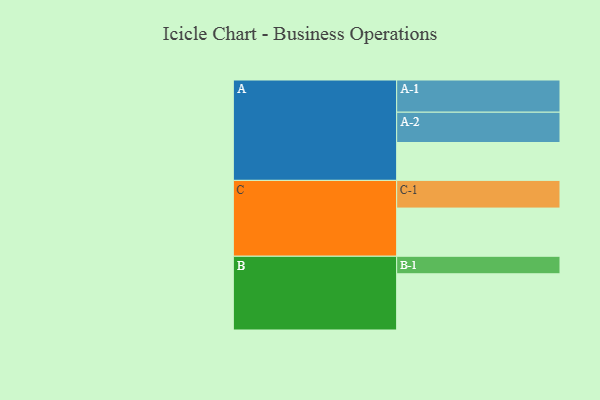
{"axis": {"x": "Segment", "y": "Value"}, "legend": ["", "A", "B", "C"], "data": [{"x": "A", "y": 320, "type": ""}, {"x": "B", "y": 475, "type": ""}, {"x": "C", "y": 407, "type": ""}, {"x": "A-1", "y": 272, "type": "A"}, {"x": "A-2", "y": 256, "type": "A"}, {"x": "B-1", "y": 148, "type": "B"}, {"x": "C-1", "y": 234, "type": "C"}]}